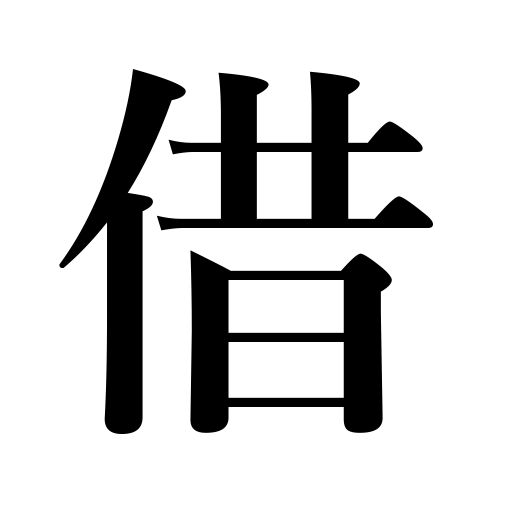
Meanings: have a loan,hire,borrowing,borrow,rent